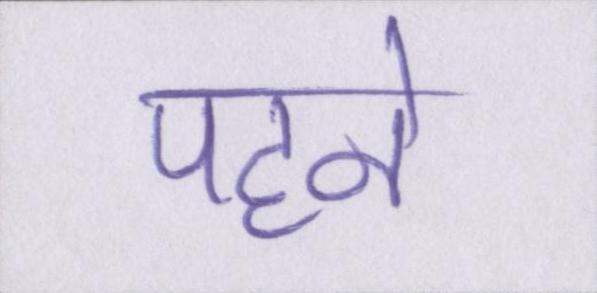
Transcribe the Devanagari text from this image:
पहने